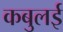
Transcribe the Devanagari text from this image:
कबुलई